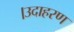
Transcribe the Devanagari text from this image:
।उदाहरण